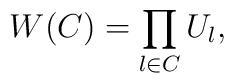
W(C) = \prod_{l \in C} U_l,